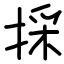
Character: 採